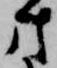
方